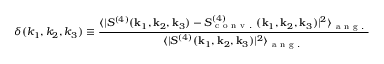
\delta ( k _ { 1 } , k _ { 2 } , k _ { 3 } ) \equiv \frac { \langle | S ^ { ( 4 ) } ( \mathbf { k } _ { 1 } , \mathbf { k } _ { 2 } , \mathbf { k } _ { 3 } ) - S _ { \mathrm { ~ c ~ o ~ n ~ v ~ . ~ } } ^ { ( 4 ) } ( \mathbf { k } _ { 1 } , \mathbf { k } _ { 2 } , \mathbf { k } _ { 3 } ) | ^ { 2 } \rangle _ { \mathrm { ~ a ~ n ~ g ~ . ~ } } } { \langle | S ^ { ( 4 ) } ( \mathbf { k } _ { 1 } , \mathbf { k } _ { 2 } , \mathbf { k } _ { 3 } ) | ^ { 2 } \rangle _ { \mathrm { ~ a ~ n ~ g ~ . ~ } } }